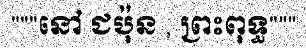
"""នៅ ជប៉ុន , ព្រះពុទ្ធ"""